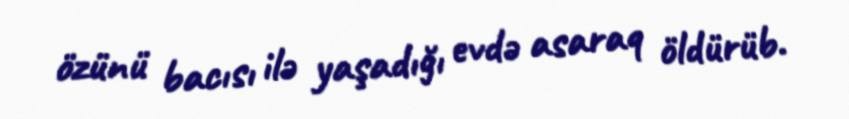
özünü bacısı ilə yaşadığı evdə asaraq öldürüb.